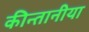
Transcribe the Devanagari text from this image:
कीन्तानीया